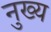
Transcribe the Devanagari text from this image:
नुख्य